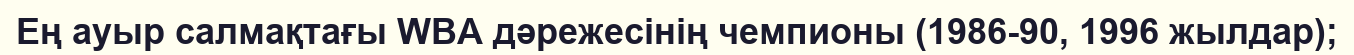
Ең ауыр салмақтағы WBA дәрежесiнiң чемпионы (1986-90, 1996 жылдар);